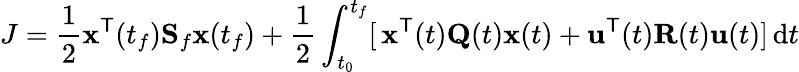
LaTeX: J={\frac{1}{2}}\mathbf{x}^{\mathsf{T}}(t_{f})\mathbf{S}_{f}\mathbf{x}(t_{f})+{\frac{1}{2}}\int_{t_{0}}^{t_{f}}[\, \mathbf{x}^{\mathsf{T}}(t)\mathbf{Q}(t)\mathbf{x}(t)+\mathbf{u}^{\mathsf{T}}(t)\mathbf{R}(t)\mathbf{u}(t)]\, \mathrm{d}t